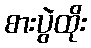
စားပွဲထိုး